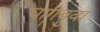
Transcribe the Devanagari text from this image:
घागबुवा